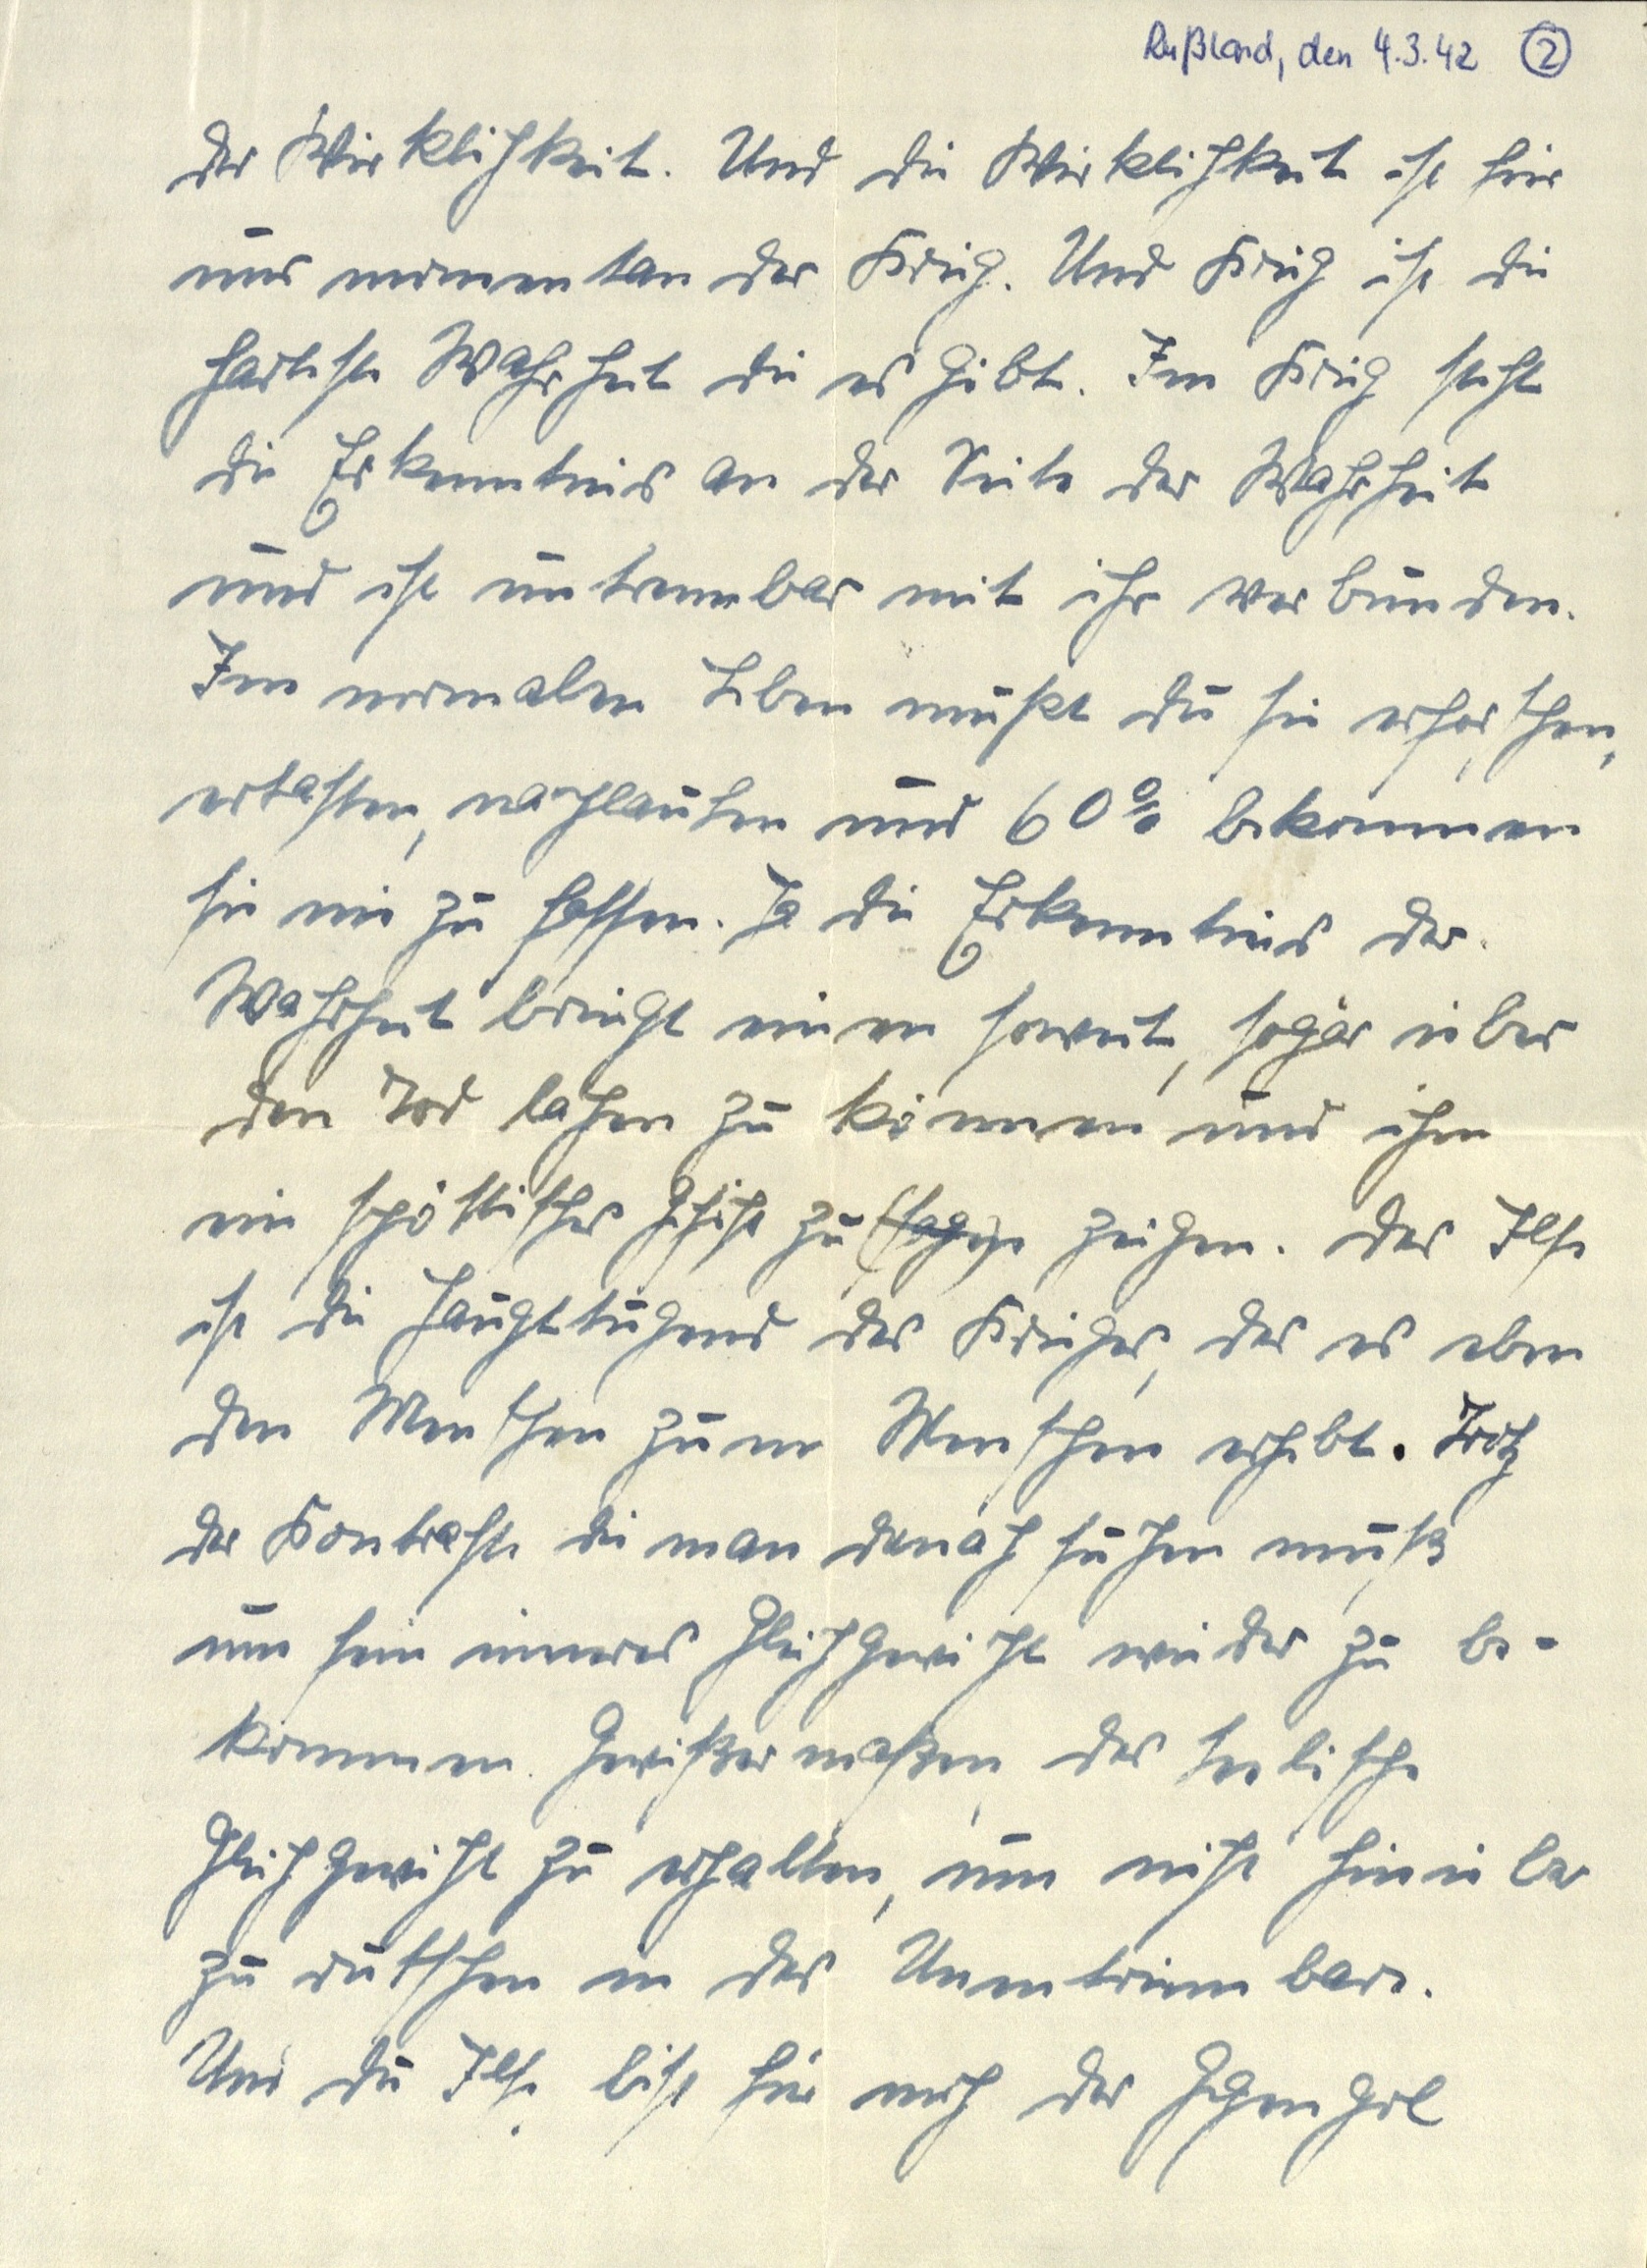
Rußland, den 4.3.42 (2)
der Wirklichkeit. Und die Wirklichkeit ist hier
nur momentan der Krieg. Und Krieg ist die
harteste Wahrheit die es gibt. Im Krieg steht
die Erkenntnis an der Seite der Wahrheit
und ist untrennbar mit ihr verbunden.
Im normalen Leben mußt du sie erforschen,
ertasten, nachlaufen und 60% bekommen
sie nie zu fassen. Ja die Erkenntnis der
Wahrheit bringt einen soweit, sogar über
den Tod lachen zu können und ihm
ein spöttisches Gesicht zu zeigen. Das Ilse
ist die Haupttugend des Krieges, das es eben
den Menschen zum Menschen erhebt. Trotz
der Kontraste die man danach suchen muß,
um sein inneres Gleichgewicht wieder zu be¬
kommen. Gewißermaßen das seelische
Gleichgewicht zu erhalten, um nicht hinüber
zu rutschen in das Unentrinnbare.
Und du Ilse bist für mich der Gegenpol